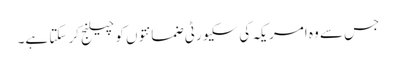
جس سے وہ امریکہ کی سکیورٹی ضمانتوں کو چیلنج کر سکتا ہے۔